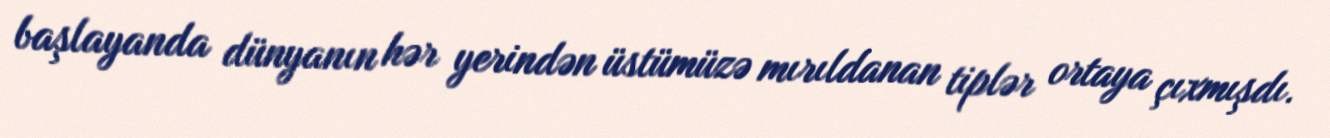
başlayanda dünyanın hər yerindən üstümüzə mırıldanan tiplər ortaya çıxmışdı.